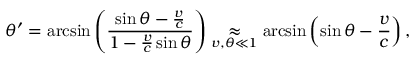
\theta ^ { \prime } = \arcsin \left( \frac { { \sin \theta - \frac { v } { c } } } { 1 - \frac { v } { c } \sin \theta } \right) \underset { v , \theta \ll 1 } { \approx } \arcsin \left( { \sin \theta - \frac { v } { c } } \right) ,